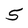
Character: 5